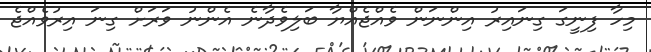
މިހާ ފިނީގަ ގިނައިރު އިންނަން ވެއްޖެއްޔާ ބަލިވެދާނެ އެންނު ވަރަށް ގިނަ އިރުވެއްޖެ